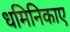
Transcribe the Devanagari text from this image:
धमिनिकाए